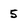
Character: 5